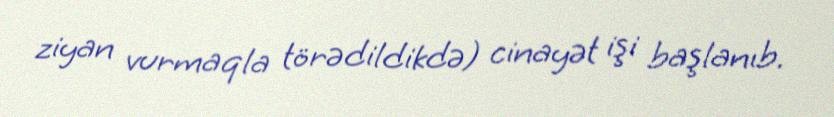
ziyan vurmaqla törədildikdə) cinayət işi başlanıb.